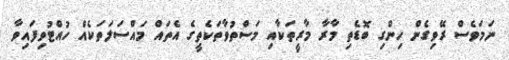
ނަމަވެސް ރޭވިގެން ހިންގި ބޮޑެތި މާރާ މާރީތަކާއި މަސްތުވާތަކެތީގެ އެތައް މައްސަލަތަކެއް ހުއްޓުވިފައިވާ